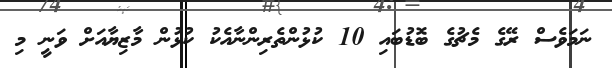
ނަމަވެސް ރޭގެ މެޗުގެ ބޮޑުބައި 10 ކުޅުންތެރިންނާއެކު ކުޅުން މާޒިޔާއަށް ވަނީ މި